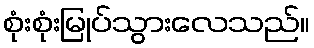
စုံးစုံးမြုပ်သွားလေသည်။